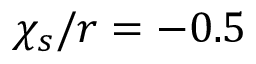
{ \chi _ { s } / r = - 0 . 5 }